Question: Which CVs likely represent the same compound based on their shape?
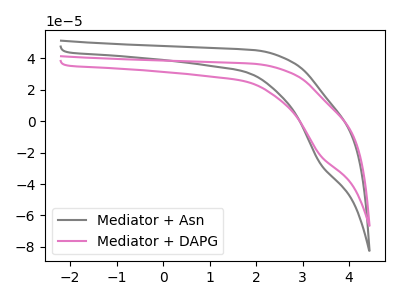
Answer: <think>The gray curve "Mediator + Asn" has a cathodic peak at: (3.40V, -27.15uA). The pink curve "Mediator + DAPG" has a cathodic peak at: (3.40V, -21.90uA).
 All the peaks in "Mediator + Asn" have a peak in "Mediator + DAPG" at the same potential. Every peak in "Mediator + Asn" is higher than every peak in "Mediator + DAPG".</think>
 <answer>"Mediator + DAPG" and "Mediator + Asn" have the same shape and are likely CV's of the same chemical.</answer>
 <eval>"Mediator + DAPG" "Mediator + Asn"</eval>